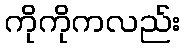
ကိုကိုကလည်း